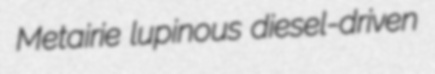
Metairie lupinous diesel-driven